Report of the Municipal Commissioner on the plague in Bombay for the year ending 31st May... - Volume 3
Disease focus: Plague
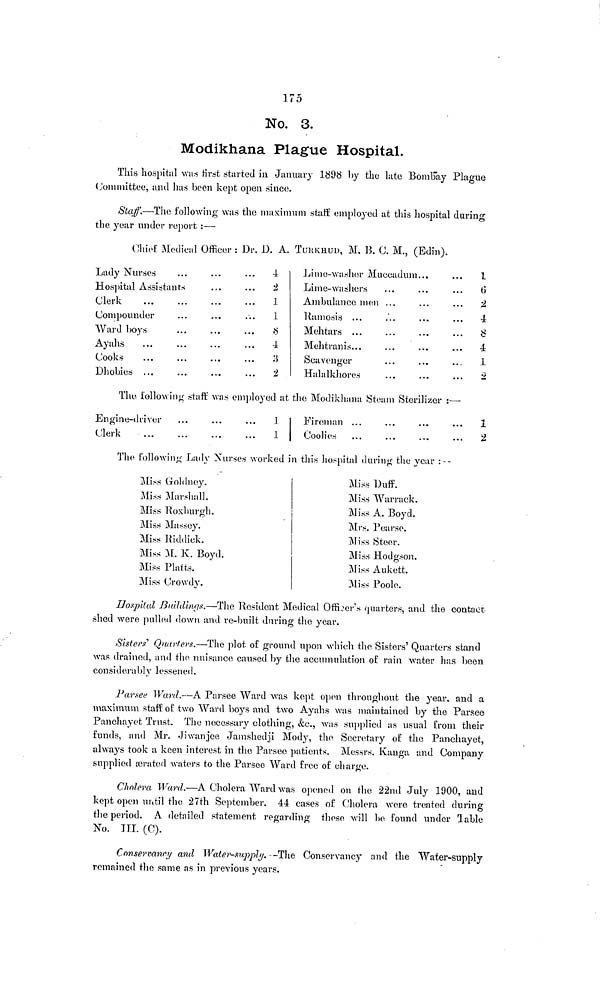
175
No. 3.
Modikhana Plague Hospital.
This hospital was first started in January 1898 by the late BomBay Plague
Committee, and has been kept open since.
Staff.—The following was the maximum staff employed at this hospital during
the year under report :—
Chief Medical Officer : Dr. D. A. TURKHUU, M, B. C. M., (Edin).
Lady Nurses
Hospital Assistants
Clerk
Compounder
Ward boys
Ayahs
Cooks
Dhobies ...
4
'2
1
1
8
4
3
•2
Li me- washer Muccadum...
Lime- washers
Ambulance men ...
Ramosis ...
Mehtars
Mehtranis...
Scavenger
Halalkhores
1
6)
... 2
... 4
8
... 4
1
The following staff was employed at the Modikhana Steam Sterilizer :—
Engine-driver
Clerk
...
...
...
. 1
1
Fireman
Coolies
1
2
The following Lady Nurses worked in this hospital during the year :--
Miss Goldney.
Miss Marshall.
Miss Roxburgh.
Miss Massey.
Miss Riddiek.
Miss M. K. Boyd.
Miss Platts.
Miss Crowdy.
Miss Duff.
Miss War rack.
Miss A. Boyd.
Mrs. Pearse.
Miss Steer.
Miss Hodgson.
Miss Aukett.
Miss Poole.
Hospital -Buildings.—The Resident Medical Officer's quarters, and the contact
shed were pulled down and re-built during the year.
Sisters' Quarters.—The plot of ground upon which the Sisters' Quarters stand
was drained, and the nuisance caused by the accumulation of rain water has been
considerably lessened.
Parsee Ward.—A Parsee Ward was kept open throughout the year, and a
maximum staff of two Ward boys and two Ayahs was maintained by the Parsee
Panchayet Trust. The necessary clothing, &c., was supplied as usual from their
funds, and Mr. Jiwanjee Jamshedji Mody, the Secretary of the Panchayet,
always took a keen interest in the Parsee patients. Messrs. Kauga and Company
supplied ærated waters to the Parsee Ward free of charge.
Cholera Ward.—A Cholera Ward was opened on the 22nd July 1900, and
kept open until the 27th September. 44 cases of Cholera were treated during
the period. A detailed statement regarding these will be found under Table
No. TT.I. (C).
Conservancy and Water-supply. --The Conservancy and the Water-supply
remained the same as in previous years.